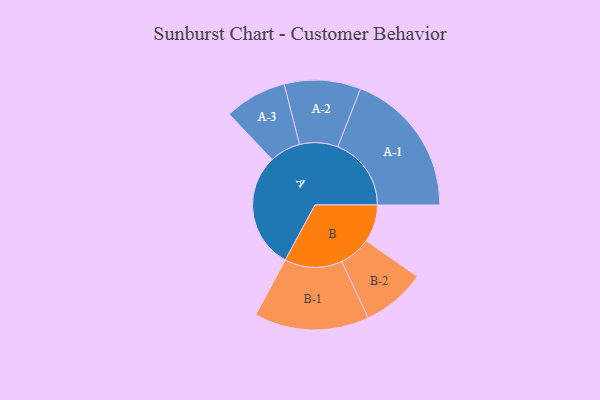
{"axis": {"x": "Segment", "y": "Value"}, "legend": ["", "A", "B"], "data": [{"x": "A", "y": 440, "type": ""}, {"x": "B", "y": 142, "type": ""}, {"x": "A-1", "y": 279, "type": "A"}, {"x": "A-2", "y": 145, "type": "A"}, {"x": "A-3", "y": 118, "type": "A"}, {"x": "B-1", "y": 218, "type": "B"}, {"x": "B-2", "y": 121, "type": "B"}]}